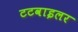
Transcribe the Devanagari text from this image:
टटवाइलर